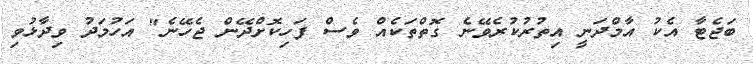
ބަޖެޓާ އެކު އާމްދަނީ އިތުރުކުރެވޭނެ ގޮތްތަކެއް ވެސް ފަހިކޮށްދޭން ޖެހޭނެ" އަހުމަދު ވިދާޅުވި